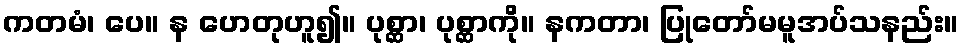
ကတမံ၊ ပေ။ န ဟေတုဟူ၍။ ပုစ္ဆာ၊ ပုစ္ဆာကို။ နကတာ၊ ပြုတော်မမူအပ်သနည်း။